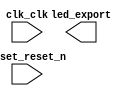

module DE2_115_QSYS (
	clk_clk,
	reset_reset_n,
	led_export);	

	input		clk_clk;
	input		reset_reset_n;
	output	[7:0]	led_export;
endmodule